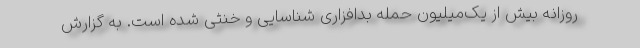
روزانه بیش از یک‌میلیون حمله بدافزاری شناسایی و خنثی شده است. به گزارش